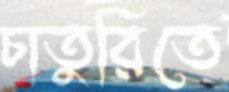
চাতুরিতে